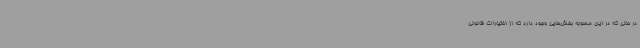
در حالی که در این مصوبه بخش‌هایی وجود دارد که از اختیارات قانونی